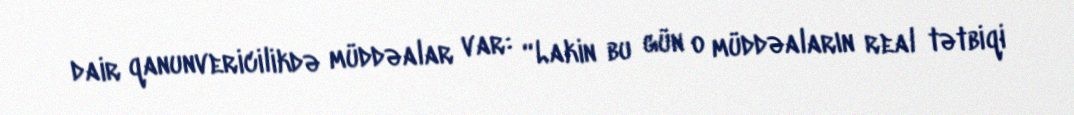
dair qanunvericilikdə müddəalar var: “Lakin bu gün o müddəaların real tətbiqi